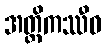
အတ္ထိကဿီဓ